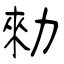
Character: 勑